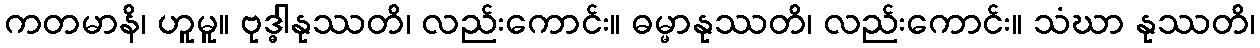
ကတမာနိ၊ ဟူမူ။ ဗုဒ္ဓါနုဿတိ၊ လည်းကောင်း။ ဓမ္မာနုဿတိ၊ လည်းကောင်း။ သံဃာ နုဿတိ၊